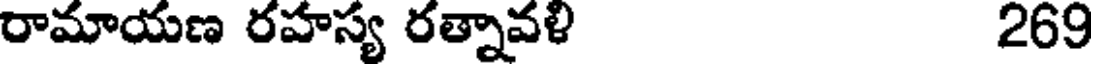
రామాయణ రహస్య రత్నావళి 269